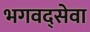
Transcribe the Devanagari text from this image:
भगवद्सेवा